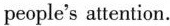
people's attention.